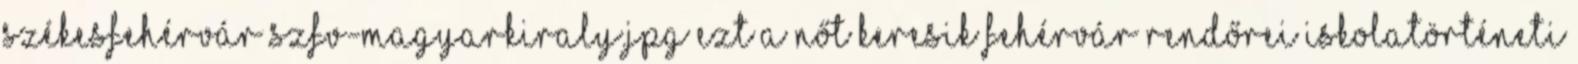
Székesfehérvár szfv-magyarkiraly.jpg Ezt a nőt keresik fehérvár rendőrei Iskolatörténeti